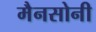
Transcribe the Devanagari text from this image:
मैनसोनी